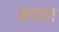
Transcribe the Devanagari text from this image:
बऊर